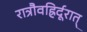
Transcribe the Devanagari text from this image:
रात्रौवह्रिर्दूरात्